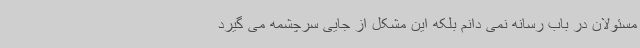
مسئولان در باب رسانه نمی دانم بلکه این مشکل از جایی سرچشمه می گیرد